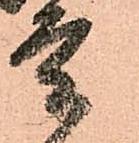
重